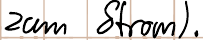
zum Strom).